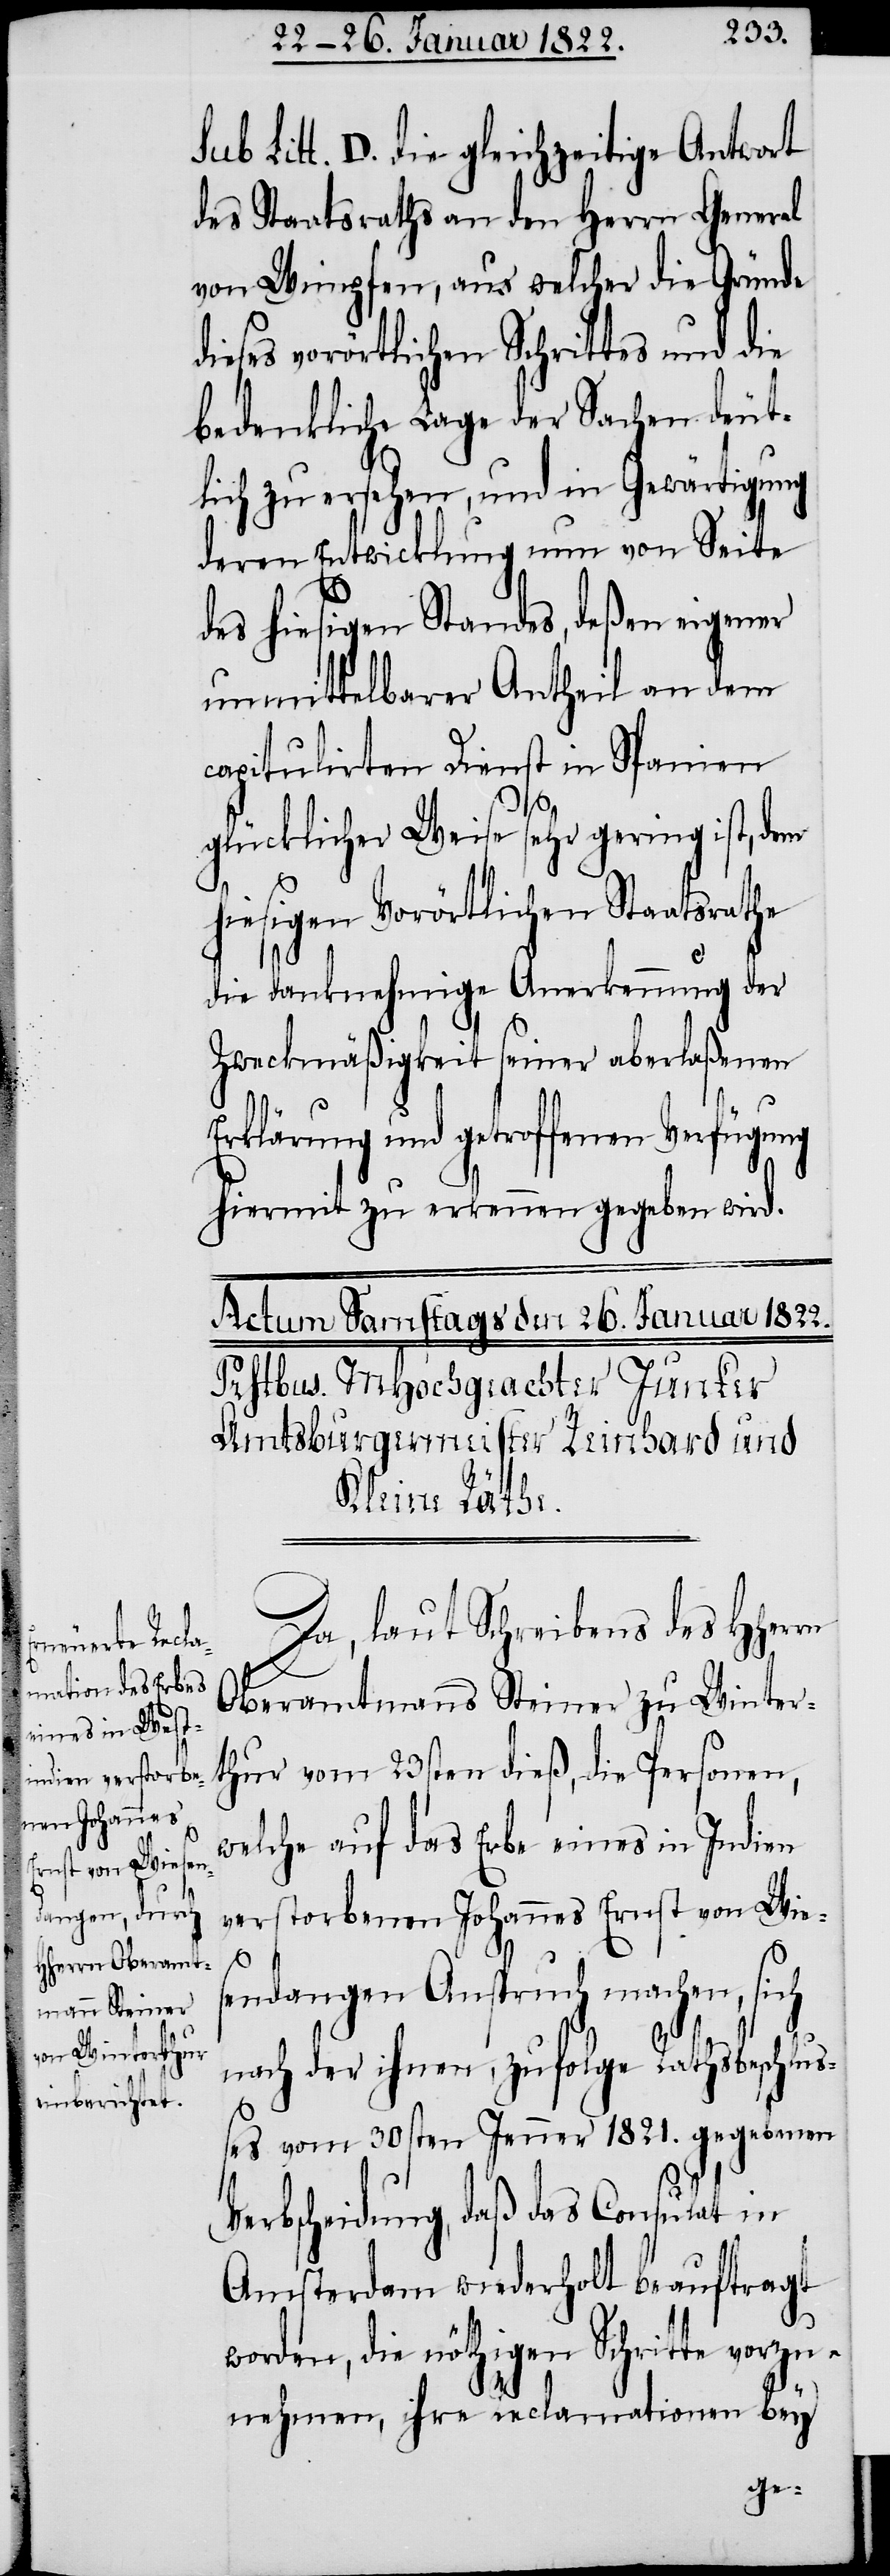
rn

ub. Litt. D. die gleichzeitige Antwort
des Staatsrathes an den Herrn General
von Wimpfen, aus welcher die Gründe
dieses vorörtlichen Schrittes und die
bedenkliche Lage der Sachen deut¬
lich zu ersehen, und in Gewärtigung
deren Entwicklung nun von Seite
des hiesigen Standes, deßen eigener
unmittelbarer Antheil an dem
capitulirten Dienst in Spanien
V¬
glücklicher Weise sehr gering ist, dem
hiesigen Vorörtlichen Staatsrathe
die danknehmige Anerkennung der
Zweckmäßigkeit seiner aberlaßenen
Erklärung und getroffenen Verfügung
hiermit zu erkennen gegeben wird.
Da, laut Schreibens des HHer¬
Oberamtmanns Steiner zu Winter¬
thur vom 23sten dieß, die Personen,
welche auf das Erbe eines in Indien
verstorbenen Johannes Ernst von Wie¬
sendangen Anspruch machen, sich
nach der ihnen, zufolge Rathsbeschluß¬
es vom 30sten Jenner 1821. gegebenen
erbscheidung, daß das Consulat in
Amsterdam wiederholt beauftragt
worden, die nöthigen Schritte vorzu¬
nehmen, ihre Reclamationen bey